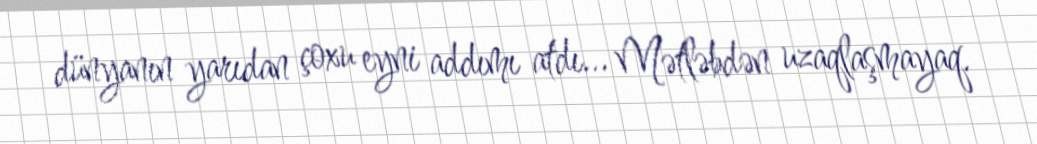
dünyanın yarıdan çoxu eyni addımı atdı... Mətləbdən uzaqlaşmayaq.